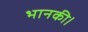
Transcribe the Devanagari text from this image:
भानकी।